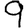
Digit: 9